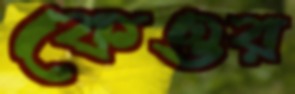
কেওর